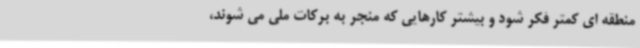
منطقه ای کمتر فکر شود و بیشتر کارهایی که منجر به برکات ملی می شوند،